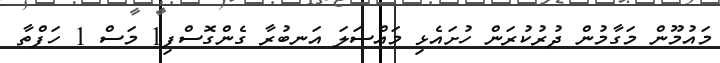
މައުމޫން މަގާމުން ދުރުކުރަން ހުށައެޅި މައްސަލަ އަނބުރާ ގެންގޮސްފި1 މަސް 1 ހަފްތާ